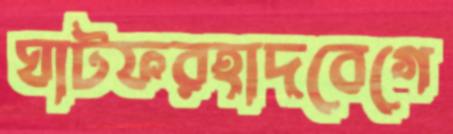
ঘাটফরহাদবেগে